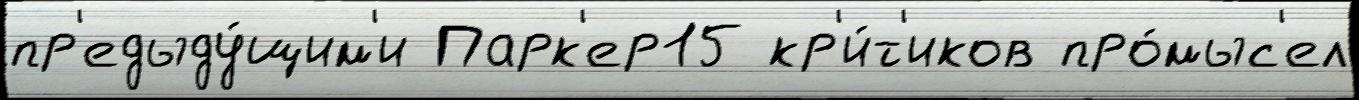
пр'едыду́щим'и Парк'ер15 кр'и́т'иков про́мыс'ел